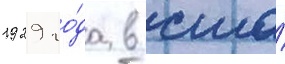
1929 го́да в сша́